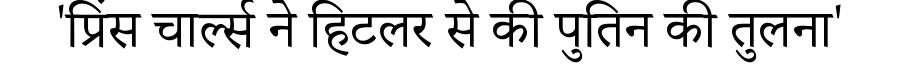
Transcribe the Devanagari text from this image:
'प्रिंस चार्ल्स ने हिटलर से की पुतिन की तुलना'